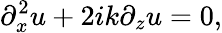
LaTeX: \partial_{x}^{2}u+2ik\partial_{z}u=0,